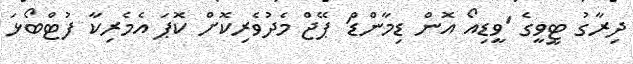
ދިރާގު ޓީވީގެ 'ވީޑިއޯ އޮން ޑިމާންޑް' ޕޭޖް މެދުވެރިކޮށް ކޮޕަ އެމެރިކާ ފުޓްބޯޅަ